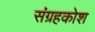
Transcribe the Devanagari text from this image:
संग्रहकोश